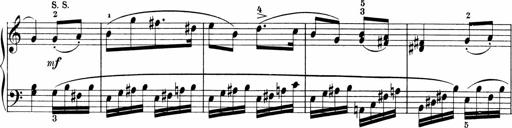
Title: Sonatinen Op.47, 98 und 136, nebst 6 Liedersonatinen
Composer: Carl Reinecke